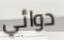
دوائي